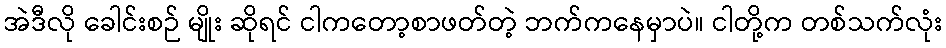
အဲဒီလို ခေါင်းစဉ် မျိုး ဆိုရင် ငါကတော့စာဖတ်တဲ့ ဘက်ကနေမှာပဲ။ ငါတို့က တစ်သက်လုံး